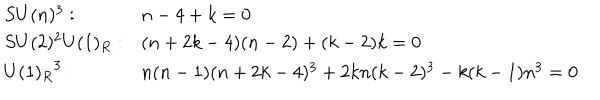
LaTeX: \nonumber \begin{array} { l l } { { S U ( n ) ^ { 3 } : } } & { { n - 4 + k = 0 } } \\ { { S U ( 2 ) ^ { 2 } U ( 1 ) _ { R } : } } & { { ( n + 2 k - 4 ) ( n - 2 ) + ( k - 2 ) k = 0 } } \\ { { { U ( 1 ) _ { R } } ^ { 3 } : } } & { { n ( n - 1 ) ( n + 2 k - 4 ) ^ { 3 } + 2 k n ( k - 2 ) ^ { 3 } - k ( k - 1 ) n ^ { 3 } = 0 } } \\ \end{array}